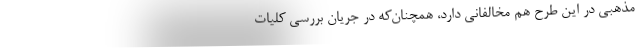
مذهبی در این طرح هم مخالفانی دارد، همچنان‌که در جریان بررسی کلیات